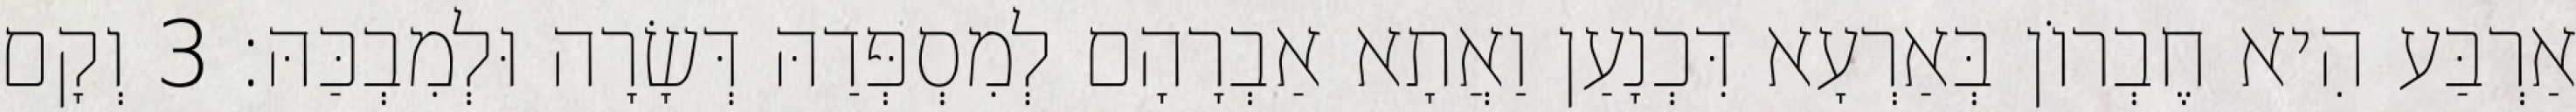
אַרְבַּע הִיא חֶבְרוֹן בְּאַרְעָא דִּכְנָעַן וַאֲתָא אַבְרָהָם לְמִסְפְּדַהּ דְּשָׂרָה וּלְמִבְכַּהּ׃ 3 וְקָם